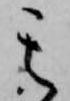
其